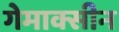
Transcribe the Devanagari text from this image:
गेमाक्सीन